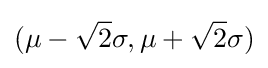
(\mu -{\sqrt {2}}\sigma ,\mu +{\sqrt {2}}\sigma )